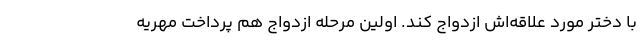
با دختر مورد علاقه‌اش ازدواج کند. اولین مرحله ازدواج هم پرداخت مهریه